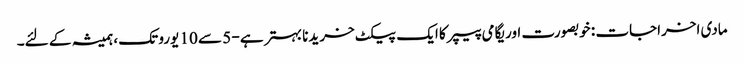
مادی اخراجات : خوبصورت اوریگامی پیپر کا ایک پیکٹ خریدنا بہتر ہے - 5 سے 10 یورو تک ، ہمیشہ کے لئے۔